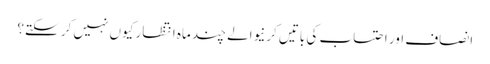
انصاف اور احتساب کی باتیں کرنیوالے چند ماہ انتظار کیوں نہیں کر سکتے؟